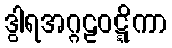
ဒွါရအဂ္ဂဠဝဋ္ဋိကာ